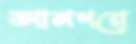
আমগরে